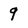
Character: 9